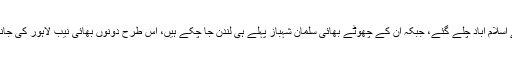
حمزہ شہباز مسلم لیگ ن کےاجلاس میں شرکت کے لئے اسلام آباد چلے گئے، جبکہ ان کے چھوٹے بھائی سلمان شہباز پہلے ہی لندن جا چکے ہیں، اس طرح دونوں بھائی نیب لاہور کی جانب سے طلب کیے جانے کے باوجود آج پیش نہیں ہوئے۔